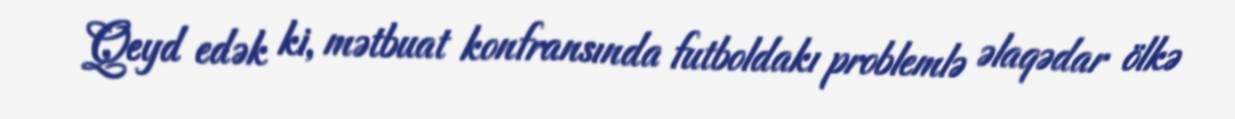
Qeyd edək ki, mətbuat konfransında futboldakı problemlə əlaqədar ölkə